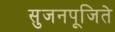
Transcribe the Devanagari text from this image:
सुजनपूजिते